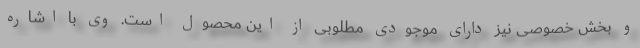
و بخش خصوصی نیز دارای موجودی مطلوبی از این محصول است. وی با اشاره